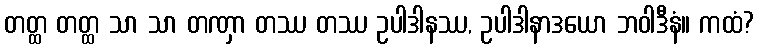
တတ္ထ တတ္ထ သာ သာ တဏှာ တဿ တဿ ဥပါဒါနဿ, ဥပါဒါနာဒယော ဘဝါဒီနံ။ ကထံ?